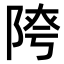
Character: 𨺈